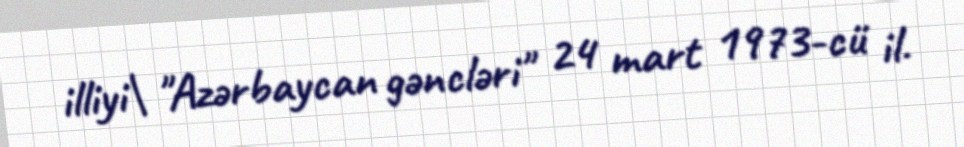
illiyi\ "Azərbaycan gəncləri" 24 mart 1973-cü il.